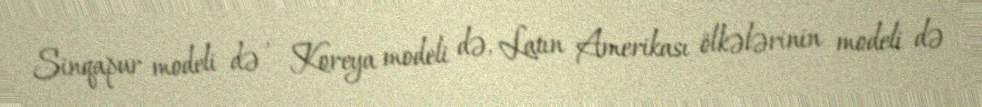
Sinqapur modeli də , Koreya modeli də, Latın Amerikası ölkələrinin modeli də